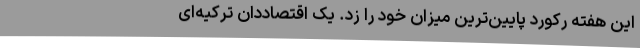
این هفته رکورد پایین‌ترین میزان خود را زد. یک اقتصاددان ترکیه‌ای